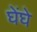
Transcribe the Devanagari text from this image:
घेंघे